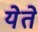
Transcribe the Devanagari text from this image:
येेते